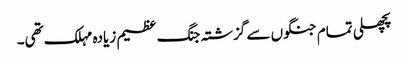
پچھلی تمام جنگوں سے گزشتہ جنگ عظیم زیادہ مہلک تھی۔